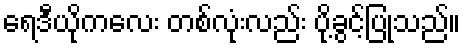
ရေဒီယိုကလေး တစ်လုံးလည်း ပို့ခွင့်ပြုသည်။